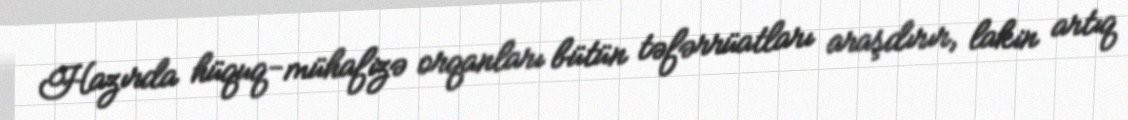
Hazırda hüquq-mühafizə orqanları bütün təfərrüatları araşdırır, lakin artıq